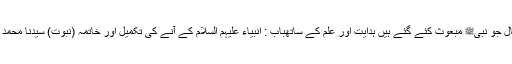
باب : اس کی مثال جو نبیﷺ مبعوث کئے گئے ہیں ہدایت اور علم کے ساتھباب : انبیاء علیہم السلام کے آنے کی تکمیل اور خاتمہ (نبوت) سیدنا محمد اکے ذریعہ ہونا۔